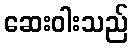
ဆေးဝါးသည်